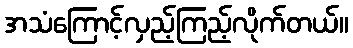
အသံကြောင့်လှည့်ကြည့်လိုက်တယ်။